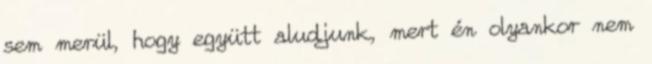
sem merül, hogy együtt aludjunk, mert én olyankor nem